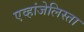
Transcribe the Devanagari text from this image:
एव्हांजेलिस्ता